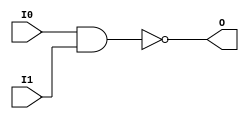
module NAND2 (O, I0, I1);

    output O;

    input  I0, I1;

    nand A1 (O, I0, I1);


endmodule